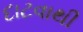
દાટવાથી